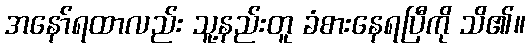
အနော်ရထာလည်း သူ့နည်းတူ ခံစားနေရပြီကို သိ၏။